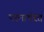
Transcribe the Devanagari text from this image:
परमार्थरत